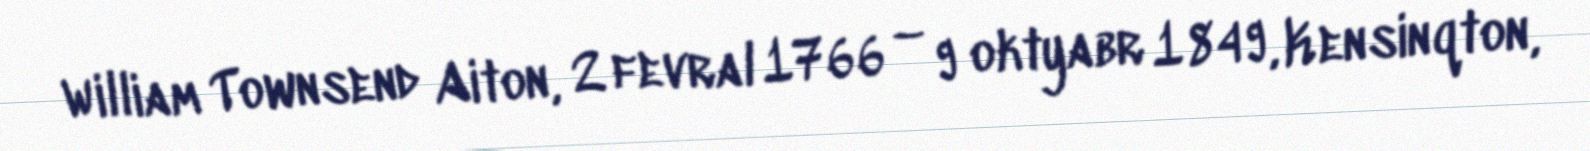
William Townsend Aiton, 2 fevral 1766 – 9 oktyabr 1849, Kensinqton,